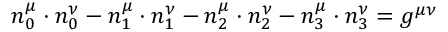
n _ { 0 } ^ { \mu } \cdot n _ { 0 } ^ { \nu } - n _ { 1 } ^ { \mu } \cdot n _ { 1 } ^ { \nu } - n _ { 2 } ^ { \mu } \cdot n _ { 2 } ^ { \nu } - n _ { 3 } ^ { \mu } \cdot n _ { 3 } ^ { \nu } = g ^ { \mu \nu }